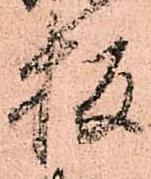
板